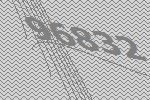
96832